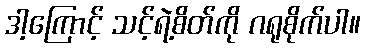
ဒါ့ကြောင့် သင့်ရဲ့စိတ်ကို ဂရုစိုက်ပါ။